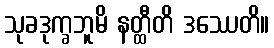
သုခဒုက္ခဘူမိ နတ္ထီတိ ဒဿေတိ။